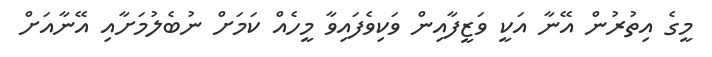
މީގެ އިތުރުން އޭނާ އަކީ ވަޒީފާއިން ވަކިވެފައިވާ މީހެއް ކަމަށް ނުބެލުމަށާއި އޭނާއަށް